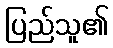
ပြည်သူ၏